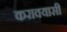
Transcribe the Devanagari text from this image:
करावयासी